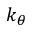
k _ { \theta }